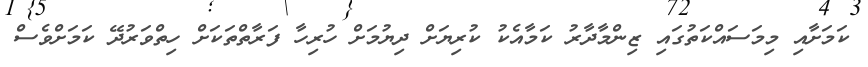
ކަމަށާއި މިމަސައްކަތުގައި ޒިންމާދާރު ކަމާއެކު ކުރިޔަށް ދިޔުމަށް ހުރިހާ ފަރާތްތަކަށް ހިތްވަރުދޭ ކަމަށްވެސް